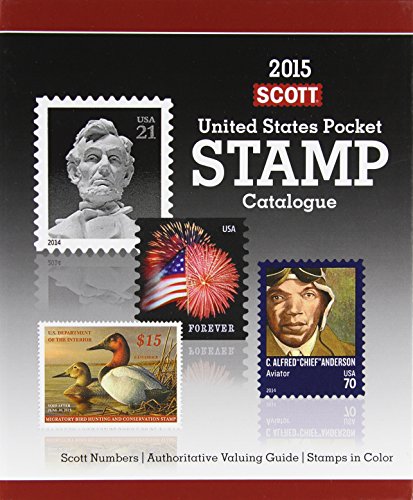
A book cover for Scott 2015 United Stamps Pocket Stamp Catalogue (Scott U S Pocket Stamp Catalogue); Charles Snee; Crafts, Hobbies & Home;